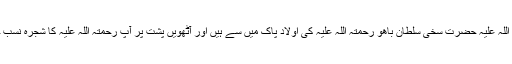
آپ رحمتہ اللہ علیہ کے والد سلطان محمد عبدالعزیز رحمتہ اللہ علیہ حضرت سخی سلطان باھُو رحمتہ اللہ علیہ کی اولاد پاک میں سے ہیں اور آٹھویں پشت پر آپ رحمتہ اللہ علیہ کا شجرہ نسب حضرت سخی سلطان باھُو رحمتہ اللہ علیہ سے جا ملتا ہے۔